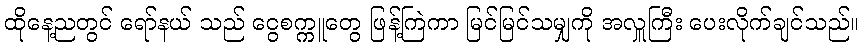
ထိုနေ့ညတွင် ရော်နယ် သည် ငွေစက္ကူတွေ ဖြန့်ကြဲကာ မြင်မြင်သမျှကို အလှူကြီး ပေးလိုက်ချင်သည်။